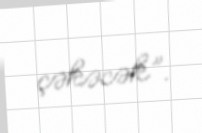
çəkəcək”.